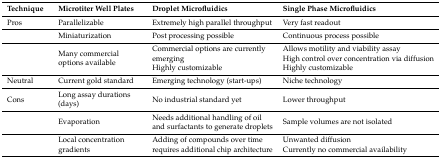
| Technique | Microtiter Well Plates | Droplet Microfluidics | Single Phase Microfluidics |
 | --- | --- | --- | --- |
 | Pros | Parallelizable | Extremely high parallel throughput | Very fast readout |
 |  | Miniaturization | Post processing possible | Continuous process possible |
 |  | Many commercial options available | Commercial options are currently emerging Highly customizable | Allows motility and viability assay High control over concentration via diffusionHighly customizable |
 | Neutral | Current gold standard | Emerging technology (start-ups) | Niche technology |
 | Cons | Long assay durations (days) | No industrial standard yet | Lower throughput |
 |  | Evaporation | Needs additional handling of oil and surfactants to generate droplets | Sample volumes are not isolated |
 |  | Local concentration gradients | Adding of compounds over time requires additional chip architecture | Unwanted diffusion Currently no commercial availability |